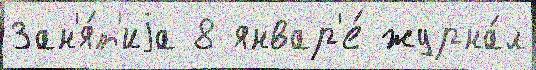
Зан'я́т'иjа 8 январ'е́ журна́л